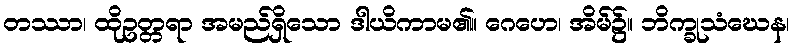
တဿာ၊ ထိုဥတ္တရာ အမည်ရှိသော ဒါယိကာမ၏။ ဂေဟေ၊ အိမ်၌။ ဘိက္ခုသံဃေန၊